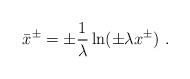
LaTeX: \begin{align*}\bar x^\pm=\pm{1 \over \lambda}\ln(\pm \lambda x^\pm) \ .\end{align*}